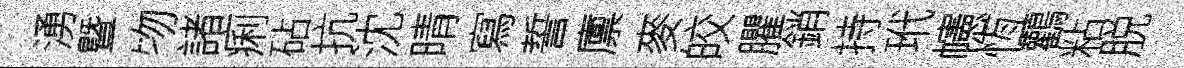
湧曁物諸痢砧抗沈晴寫誓廪麥皎臞銷持玳幰恆鸛粘脱